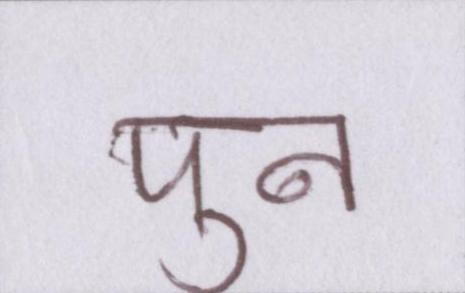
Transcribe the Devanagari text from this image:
पुन